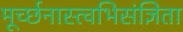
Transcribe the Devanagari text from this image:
मूर्च्छनास्त्वभिसंज्ञिता